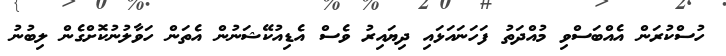
ހުސްކުރަން އެއްބަސްވި މުއްދަތު ފަހަނައަޅައި ދިޔައިރު ވެސް އެޑިއުކޭޝަނުން އެތަން ހަވާލުނުކޮށްގެން ލިބުނު